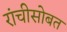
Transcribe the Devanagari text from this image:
रांचीसोबत